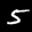
Label: 5